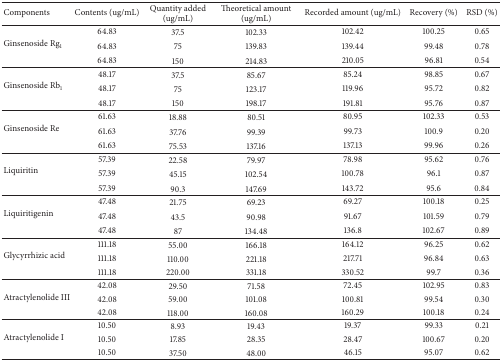
<table><thead><tr><td><b>Components</b></td><td><b>Contents (ug/mL)</b></td><td><b>Quantity added (ug/mL)</b></td><td><b>Theoretical amount (ug/mL)</b></td><td><b>Recorded amount (ug/mL)</b></td><td><b>Recovery (%)</b></td><td><b>RSD (%)</b></td></tr></thead><tbody><tr><td rowspan="3">Ginsenoside Rg<sub>1</sub></td><td>64.83</td><td>37.5</td><td>102.33</td><td>102.42</td><td>100.25</td><td>0.65</td></tr><tr><td>64.83</td><td>75</td><td>139.83</td><td>139.44</td><td>99.48</td><td>0.78</td></tr><tr><td>64.83</td><td>150</td><td>214.83</td><td>210.05</td><td>96.81</td><td>0.54</td></tr><tr><td rowspan="3">Ginsenoside Rb<sub>1</sub></td><td>48.17</td><td>37.5</td><td>85.67</td><td>85.24</td><td>98.85</td><td>0.67</td></tr><tr><td>48.17</td><td>75</td><td>123.17</td><td>119.96</td><td>95.72</td><td>0.82</td></tr><tr><td>48.17</td><td>150</td><td>198.17</td><td>191.81</td><td>95.76</td><td>0.87</td></tr><tr><td rowspan="3">Ginsenoside Re</td><td>61.63</td><td>18.88</td><td>80.51</td><td>80.95</td><td>102.33</td><td>0.53</td></tr><tr><td>61.63</td><td>37.76</td><td>99.39</td><td>99.73</td><td>100.9</td><td>0.20</td></tr><tr><td>61.63</td><td>75.53</td><td>137.16</td><td>137.13</td><td>99.96</td><td>0.26</td></tr><tr><td rowspan="3">Liquiritin</td><td>57.39</td><td>22.58</td><td>79.97</td><td>78.98</td><td>95.62</td><td>0.76</td></tr><tr><td>57.39</td><td>45.15</td><td>102.54</td><td>100.78</td><td>96.1</td><td>0.87</td></tr><tr><td>57.39</td><td>90.3</td><td>147.69</td><td>143.72</td><td>95.6</td><td>0.84</td></tr><tr><td rowspan="3">Liquiritigenin</td><td>47.48</td><td>21.75</td><td>69.23</td><td>69.27</td><td>100.18</td><td>0.25</td></tr><tr><td>47.48</td><td>43.5</td><td>90.98</td><td>91.67</td><td>101.59</td><td>0.79</td></tr><tr><td>47.48</td><td>87</td><td>134.48</td><td>136.8</td><td>102.67</td><td>0.89</td></tr><tr><td rowspan="3">Glycyrrhizic acid</td><td>111.18</td><td>55.00</td><td>166.18</td><td>164.12</td><td>96.25</td><td>0.62</td></tr><tr><td>111.18</td><td>110.00</td><td>221.18</td><td>217.71</td><td>96.84</td><td>0.63</td></tr><tr><td>111.18</td><td>220.00</td><td>331.18</td><td>330.52</td><td>99.7</td><td>0.36</td></tr><tr><td rowspan="3">Atractylenolide III</td><td>42.08</td><td>29.50</td><td>71.58</td><td>72.45</td><td>102.95</td><td>0.83</td></tr><tr><td>42.08</td><td>59.00</td><td>101.08</td><td>100.81</td><td>99.54</td><td>0.30</td></tr><tr><td>42.08</td><td>118.00</td><td>160.08</td><td>160.29</td><td>100.18</td><td>0.24</td></tr><tr><td rowspan="3">Atractylenolide I</td><td>10.50</td><td>8.93</td><td>19.43</td><td>19.37</td><td>99.33</td><td>0.21</td></tr><tr><td>10.50</td><td>17.85</td><td>28.35</td><td>28.47</td><td>100.67</td><td>0.20</td></tr><tr><td>10.50</td><td>37.50</td><td>48.00</td><td>46.15</td><td>95.07</td><td>0.62</td></tr></tbody></table>